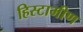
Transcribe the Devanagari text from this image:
हिस्टामीण